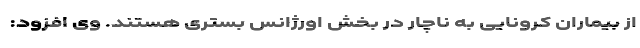
از بیماران کرونایی به ناچار در بخش اورژانس بستری هستند. وی افزود: